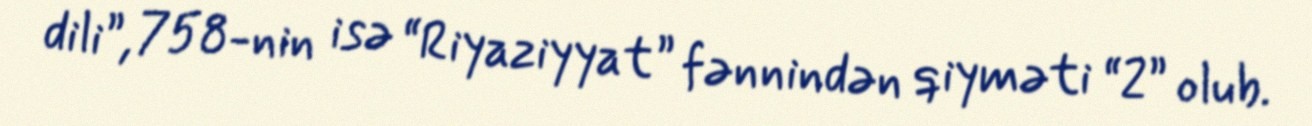
dili”, 758-nin isə “Riyaziyyat” fənnindən qiyməti “2” olub.